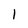
Character: I